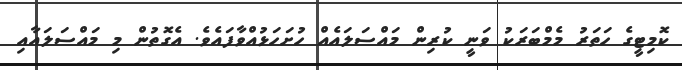
ކޮމިޓީގެ ހަތަރު މެމްބަރަކު ވަނީ ކުރިން މައްސަލައެއް ހުށަހަޅުއްވާފައެވެ. އެގޮތުން މި މައްސަލައާއި